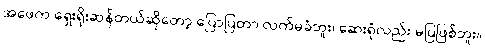
အဖေက ရှေးရိုးဆန်တယ်ဆိုတော့ ပြောပြတာ လက်မခံဘူး၊ ဆေးရုံလည်း မပြဖြစ်ဘူး။